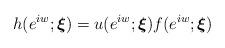
LaTeX: \begin{align*}h(e^{iw};\boldsymbol{\xi })=u(e^{iw};\boldsymbol{\xi })f(e^{iw};\boldsymbol{\xi }) \end{align*}